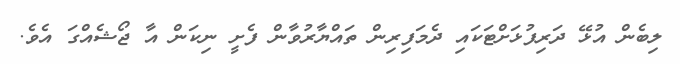
ލިބެން އުޅޭ ދަރިފުޅަށްޓަކައި ދެމަފިރިން ތައްޔާރުވާން ފެށީ ނިކަން އާ ޖޯޝެއްގަ އެވެ.